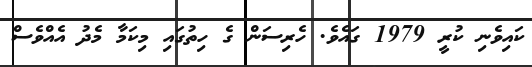
ކައިވެނި ކުރީ 1979 ގައެވެ. ހެރިސަން ގެ ހިތުގައި މިކަމާ މެދު އެއްވެސް